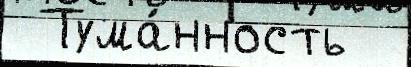
 Тума́нность